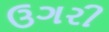
ઉગરી